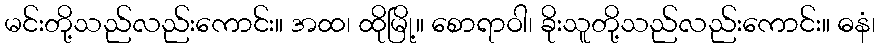
မင်းတို့သည်လည်းကောင်း။ အထ၊ ထိုမြို့။ စောရာဝါ၊ ခိုးသူတို့သည်လည်းကောင်း။ ဓနံ၊